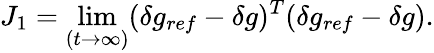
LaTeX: J_{1}=\operatorname*{lim}_{(t\rightarrow\infty)}(\delta g_{ref}-\delta g)^{T}(\delta g_{ref}-\delta g).